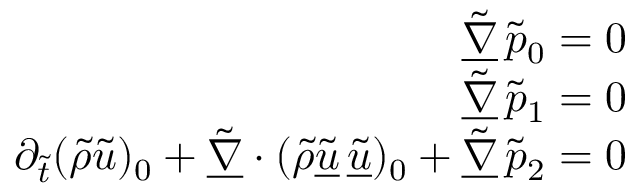
\begin{array} { r } { \underline { { \tilde { \nabla } } } \, \tilde { p } _ { 0 } = 0 } \\ { \underline { { \tilde { \nabla } } } \, \tilde { p } _ { 1 } = 0 } \\ { \partial _ { \tilde { t } } ( \tilde { \rho } \tilde { u } ) _ { 0 } + \underline { { \tilde { \nabla } } } \cdot ( \tilde { \rho } \underline { { \tilde { u } } } \, \underline { { \tilde { u } } } ) _ { 0 } + \underline { { \tilde { \nabla } } } \, \tilde { p } _ { 2 } = 0 } \end{array}